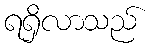
ရရှိလာသည်